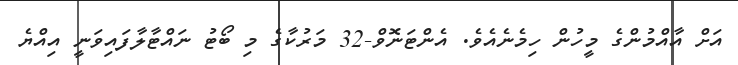
އަށް އާއްމުންގެ މީހުން ހިމެނެއެވެ. އެންޓަނޮވް-32 މަރުކާގެ މި ބޯޓު ނައްޓާލާފައިވަނީ އިއްޔެ